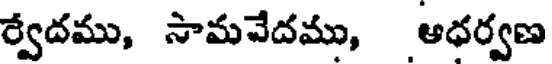
ర్వేదము, సామవేదము, ఆధర్వణ